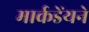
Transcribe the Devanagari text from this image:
मार्कडेंयने